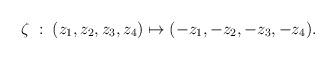
LaTeX: \begin{align*}\zeta\;:\;(z_1,z_2,z_3,z_4)\mapsto(-z_1,-z_2,-z_3,-z_4).\end{align*}